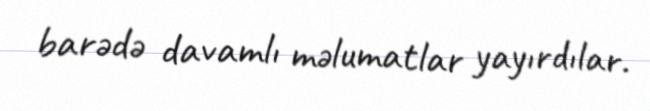
barədə davamlı məlumatlar yayırdılar.